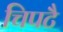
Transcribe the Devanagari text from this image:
चिपटै